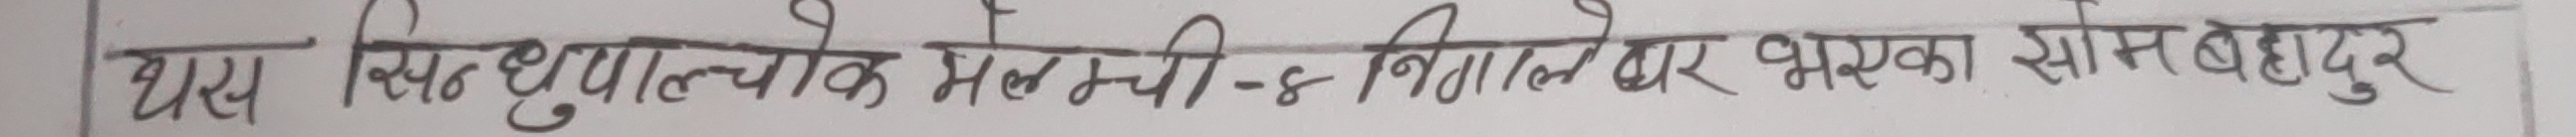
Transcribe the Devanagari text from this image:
थ्यस सिद्धगुफाल्चोक मेलम्ची - ४ निगाले बस्का सोम बहादुर